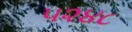
૫૨૪૮